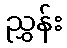
ညွှန်း